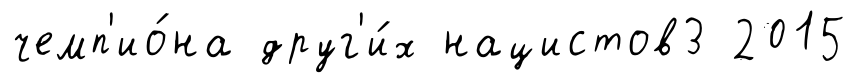
чемп'ио́на друг'и́х нацистов3 2015